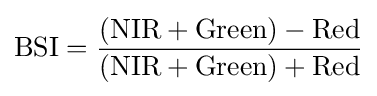
{\text{BSI}}={({\text{NIR}}+{\text{Green}})-{\text{Red}} \over ({\text{NIR}}+{\text{Green}})+{\text{Red}}}